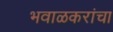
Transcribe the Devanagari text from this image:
भवाळकरांचा